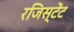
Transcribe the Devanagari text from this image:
रजिस्टेंट